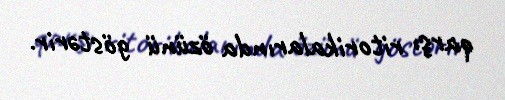
qarşı ritorikalarında özünü göstərir.